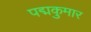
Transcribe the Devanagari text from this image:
पद्मकुमार